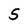
Character: 5